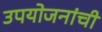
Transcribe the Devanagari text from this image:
उपयोजनांची